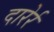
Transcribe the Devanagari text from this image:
दारेर्र